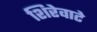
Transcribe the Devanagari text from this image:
शिरेवाटे